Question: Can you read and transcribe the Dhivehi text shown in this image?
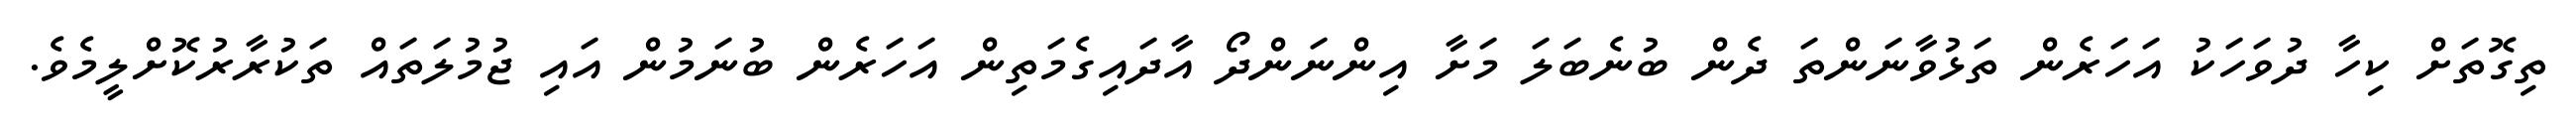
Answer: ތިގޮތަށް ކިހާ ދުވަހަކު އަހަރެން ތަޅުވާނަންތަ ދެން ބުނެބަލަ މަށާ އިންނަންދޯ އާދައިގެމަތިން އަހަރެން ބުނަމުން އައި ޖުމުލަތައް ތަކުރާރުކޮށްލީމެވެ.